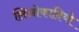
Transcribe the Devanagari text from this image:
लिओकादियो